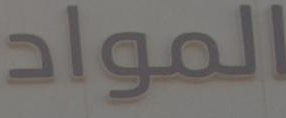
المواد